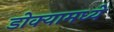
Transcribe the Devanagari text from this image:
डोक्यामध्ये